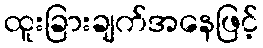
ထူးခြားချက်အနေဖြင့်